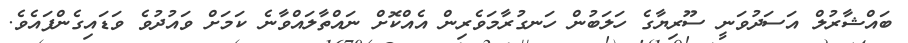
ބައްޝާރުލް އަސަދުވަނީ ސޫރިޔާގެ ހަލަބުން ހަނގުރާމަވެރިން އެއްކޮށް ނައްތާލައްވާނެ ކަމަށް ވައުދުވެ ވަޑައިގެންފައެވެ.